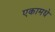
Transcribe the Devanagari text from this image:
एकामधे